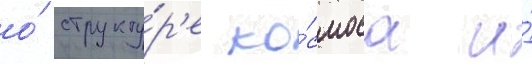
о́ структу́р'е ко́смоса и́